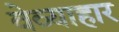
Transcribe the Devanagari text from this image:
वेव्याहार